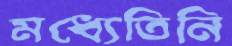
মধ্যেতিনি